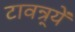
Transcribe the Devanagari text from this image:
टावन्र्यें